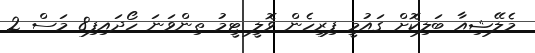
މެލޭޝިއާ ބަލިކޮށް ގައުމީ ފިރިހެން ވޮލީ ޓީމު ތިންވަނަ ހޯދައިފި8 މަސް 2